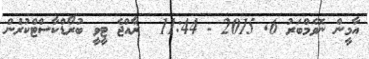
އާމީން ނޮވެމްބަރު 6